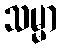
သမ္မာ